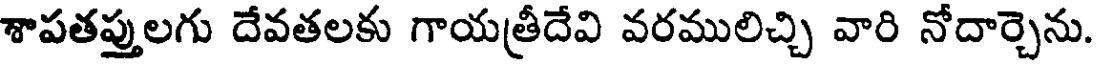
శాపతప్తులగు దేవతలకు గాయత్రీదేవి వరములిచ్చి వారి నోదార్చెను.